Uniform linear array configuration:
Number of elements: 48
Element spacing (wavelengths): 0.75
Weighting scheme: blackman
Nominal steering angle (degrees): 60
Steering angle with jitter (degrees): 60.585
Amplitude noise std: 0.05
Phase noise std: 0.05

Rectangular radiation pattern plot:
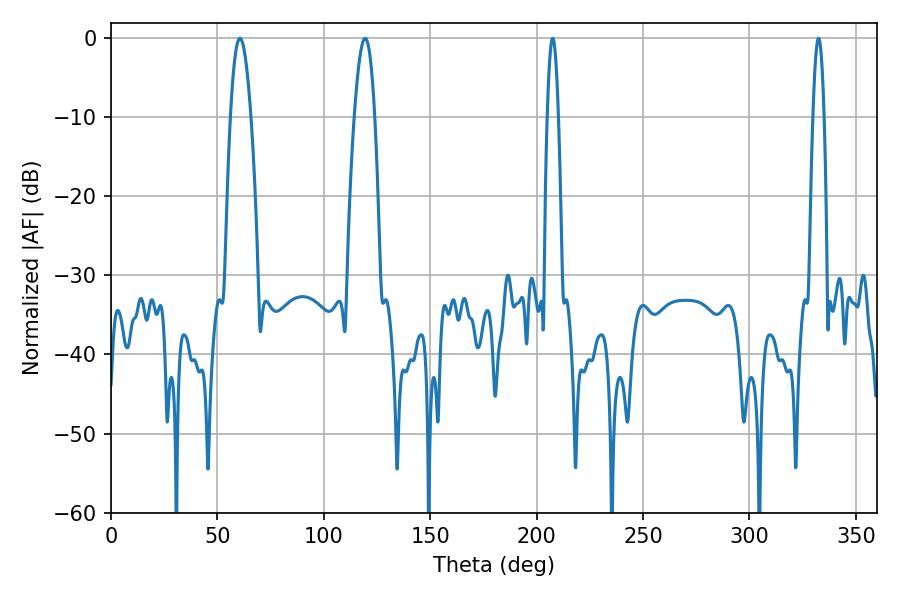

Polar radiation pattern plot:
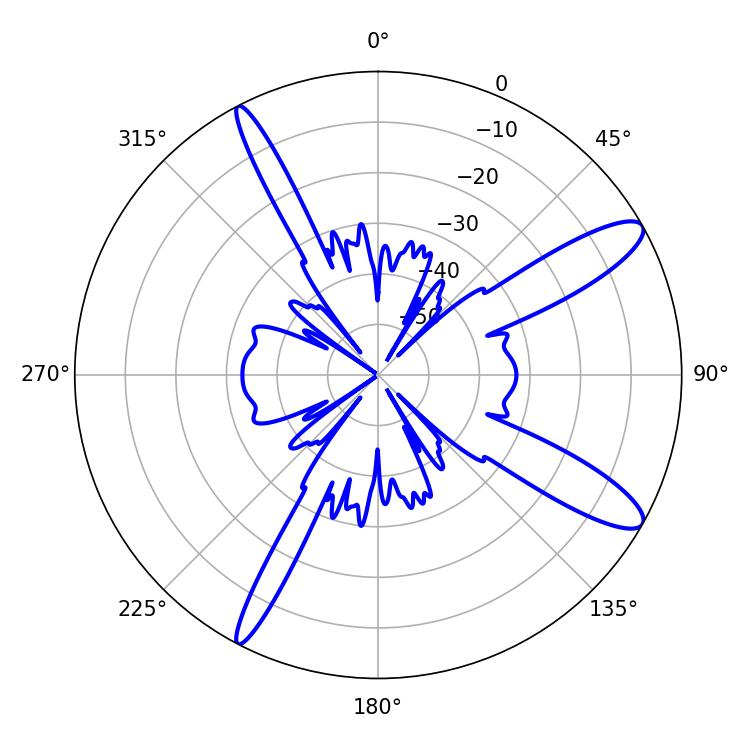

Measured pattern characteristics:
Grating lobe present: TRUE
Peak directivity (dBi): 12.105
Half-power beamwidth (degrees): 2.88
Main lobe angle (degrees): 332.46